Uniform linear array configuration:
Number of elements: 48
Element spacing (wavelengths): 0.75
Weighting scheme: cosine
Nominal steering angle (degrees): -45
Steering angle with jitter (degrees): -45.648
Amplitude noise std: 0.05
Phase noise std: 0.05

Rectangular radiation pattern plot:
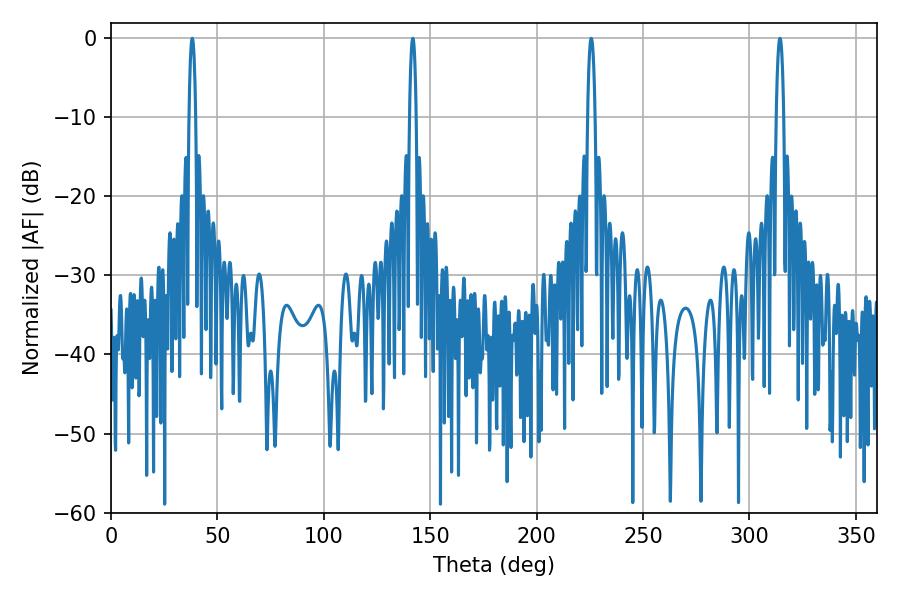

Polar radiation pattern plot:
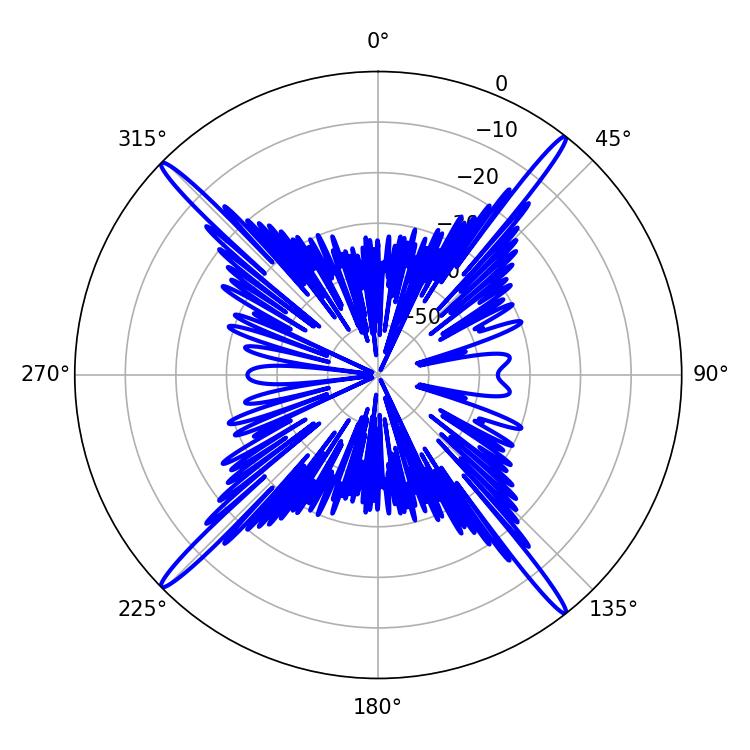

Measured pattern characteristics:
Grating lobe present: TRUE
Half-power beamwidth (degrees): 1.8
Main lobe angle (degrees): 38.16